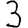
Digit: 3